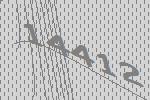
14412